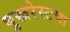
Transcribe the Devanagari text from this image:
बुखरेस्टचा